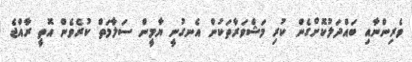
ވެރިންނާއި ބައްދަލުކޮށްގެން ކުރި މަޝްވަރާތަކުން އެނގުނީ ޔާމީން ސަލާމަތް ކުރެވެން އޮތީ ރާއްޖެ